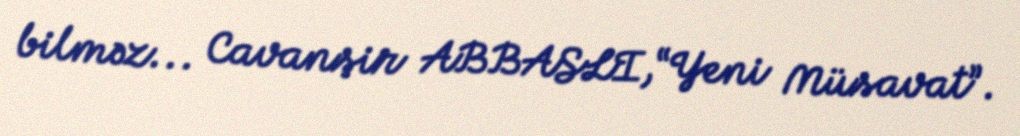
bilməz... Cavanşir ABBASLI,“Yeni Müsavat”.